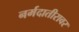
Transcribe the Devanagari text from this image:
नर्मदातीरावर